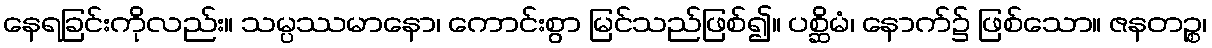
နေရခြင်းကိုလည်း။ သမ္ပဿမာနော၊ ကောင်းစွာ မြင်သည်ဖြစ်၍။ ပစ္ဆိမံ၊ နောက်၌ ဖြစ်သော။ ဇနတဉ္စ၊